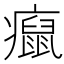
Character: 癙